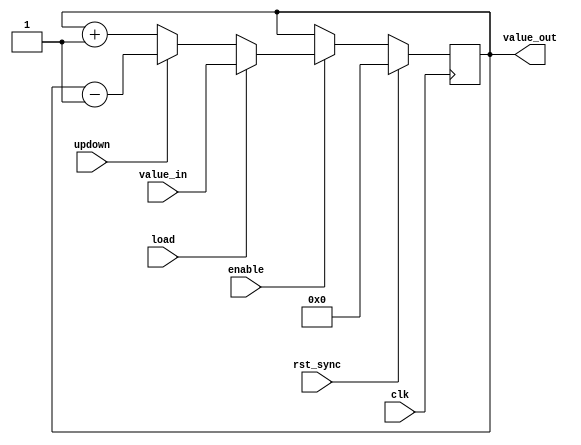
module counter(input clk, input load, input[7:0] value_in, input enable, input updown, input rst_sync, output reg[7:0] value_out);

always@(posedge clk) begin
	if (rst_sync == 1) begin
		value_out <= 0;
	end
	else begin
		if (enable == 1) begin
			if (load == 1) begin
				value_out <= value_in;
			end
			else begin
				if (updown == 0) begin
					value_out <= value_out+8'b00000001;
				end
				else begin
					value_out <= value_out-8'b00000001;
				end
			end
		end
	end
end

endmodule